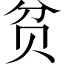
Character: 贫